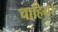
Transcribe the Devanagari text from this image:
चाहिय।